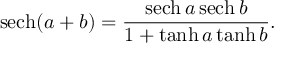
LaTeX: \mathrm { s e c h } ( a + b ) = \frac { \mathrm { s e c h } \, a \, \mathrm { s e c h } \, b } { 1 + \operatorname { t a n h } a \operatorname { t a n h } b } .